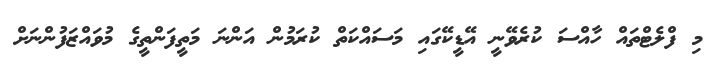
މި ފްލެޓްތައް ހާއްސަ ކުރެވޭނީ އޭޑީކޭގައި މަސައްކަތް ކުރަމުން އަންނަ މަތީފަންތީގެ މުވައްޒަފުންނަށް